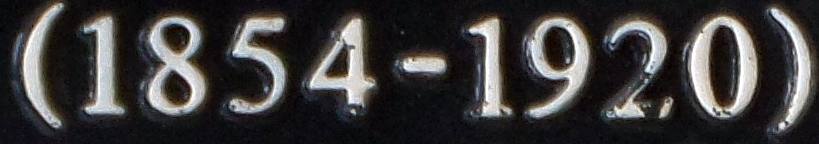
(1854-1920)